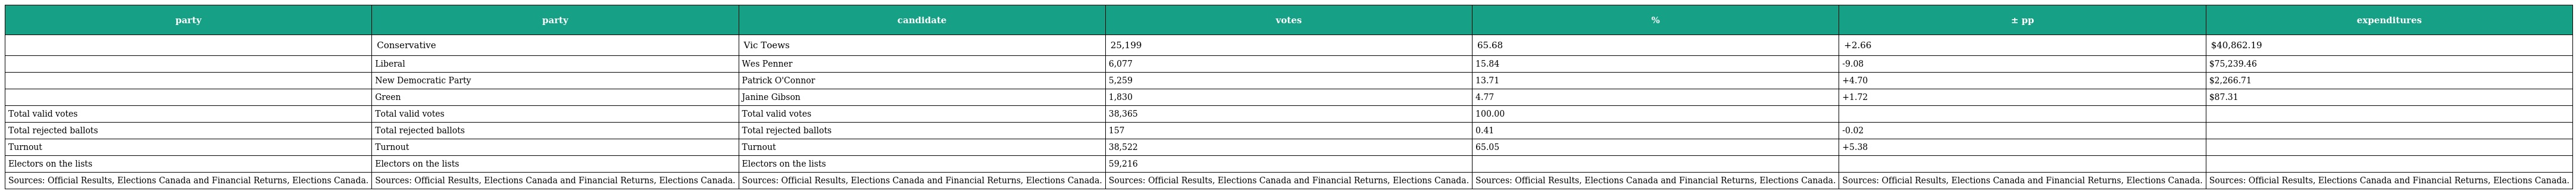
| party | party | candidate | votes | % | ± pp | expenditures |
 | --- | --- | --- | --- | --- | --- | --- |
 |  | Conservative | Vic Toews | 25,199 | 65.68 | +2.66 | $40,862.19 |
 |  | Liberal | Wes Penner | 6,077 | 15.84 | -9.08 | $75,239.46 |
 |  | New Democratic Party | Patrick O'Connor | 5,259 | 13.71 | +4.70 | $2,266.71 |
 |  | Green | Janine Gibson | 1,830 | 4.77 | +1.72 | $87.31 |
 | Total valid votes | Total valid votes | Total valid votes | 38,365 | 100.00 |  |  |
 | Total rejected ballots | Total rejected ballots | Total rejected ballots | 157 | 0.41 | -0.02 |  |
 | Turnout | Turnout | Turnout | 38,522 | 65.05 | +5.38 |  |
 | Electors on the lists | Electors on the lists | Electors on the lists | 59,216 |  |  |  |
 | Sources: Official Results, Elections Canada and Financial Returns, Elections Canada. | Sources: Official Results, Elections Canada and Financial Returns, Elections Canada. | Sources: Official Results, Elections Canada and Financial Returns, Elections Canada. | Sources: Official Results, Elections Canada and Financial Returns, Elections Canada. | Sources: Official Results, Elections Canada and Financial Returns, Elections Canada. | Sources: Official Results, Elections Canada and Financial Returns, Elections Canada. | Sources: Official Results, Elections Canada and Financial Returns, Elections Canada. |